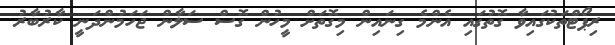
ރިޕޯޓްތަކުގައިވާ ގޮތުގައި އެންމެ ގިނައިން މިގޮތަށް މީހުން ގޮސް ސަލާން ޖަހަމުންދަނީ ކާރުބާރު